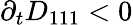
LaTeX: \partial_{t}D_{111}<0